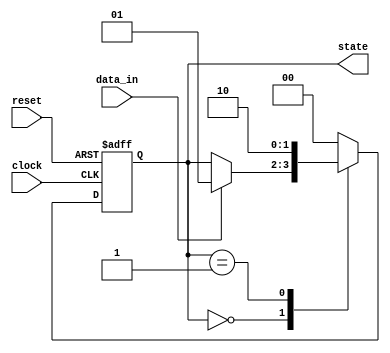
module synchronous_design (
    input wire clock,         // Clock signal
    input wire reset,         // Asynchronous reset signal
    input wire data_in,       // Input data signal
    output reg [1:0] state    // 2-bit state output
);

    // State encoding
    localparam STATE_IDLE = 2'b00;
    localparam STATE_ACTIVE = 2'b01;
    localparam STATE_DONE = 2'b10;

    // Sequential logic block
    always @(posedge clock or posedge reset) begin
        if (reset) begin
            // Asynchronous reset
            state <= STATE_IDLE; // Reset state to IDLE
        end else begin
            // State transition logic
            case (state)
                STATE_IDLE: begin
                    if (data_in) begin
                        state <= STATE_ACTIVE; // Transition to ACTIVE state
                    end
                end
                STATE_ACTIVE: begin
                    // Perform some operation
                    // Transition to DONE state after some condition
                    state <= STATE_DONE; // Example transition
                end
                STATE_DONE: begin
                    // Return to IDLE state
                    state <= STATE_IDLE; // Example transition
                end
                default: state <= STATE_IDLE; // Default case
            endcase
        end
    end

    // Additional logic can be added here for negative edge-triggered events
    always @(negedge clock) begin
        // Example of actions on negative edge
        // This block can be used for other operations that need to be triggered
        // on the falling edge of the clock.
    end

endmodule